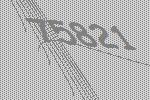
75821